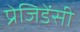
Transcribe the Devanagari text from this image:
प्रेजिडेंसी